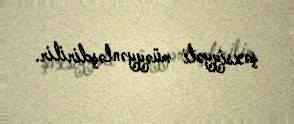
şəxsiyyəti müəyyənləşdirilir.